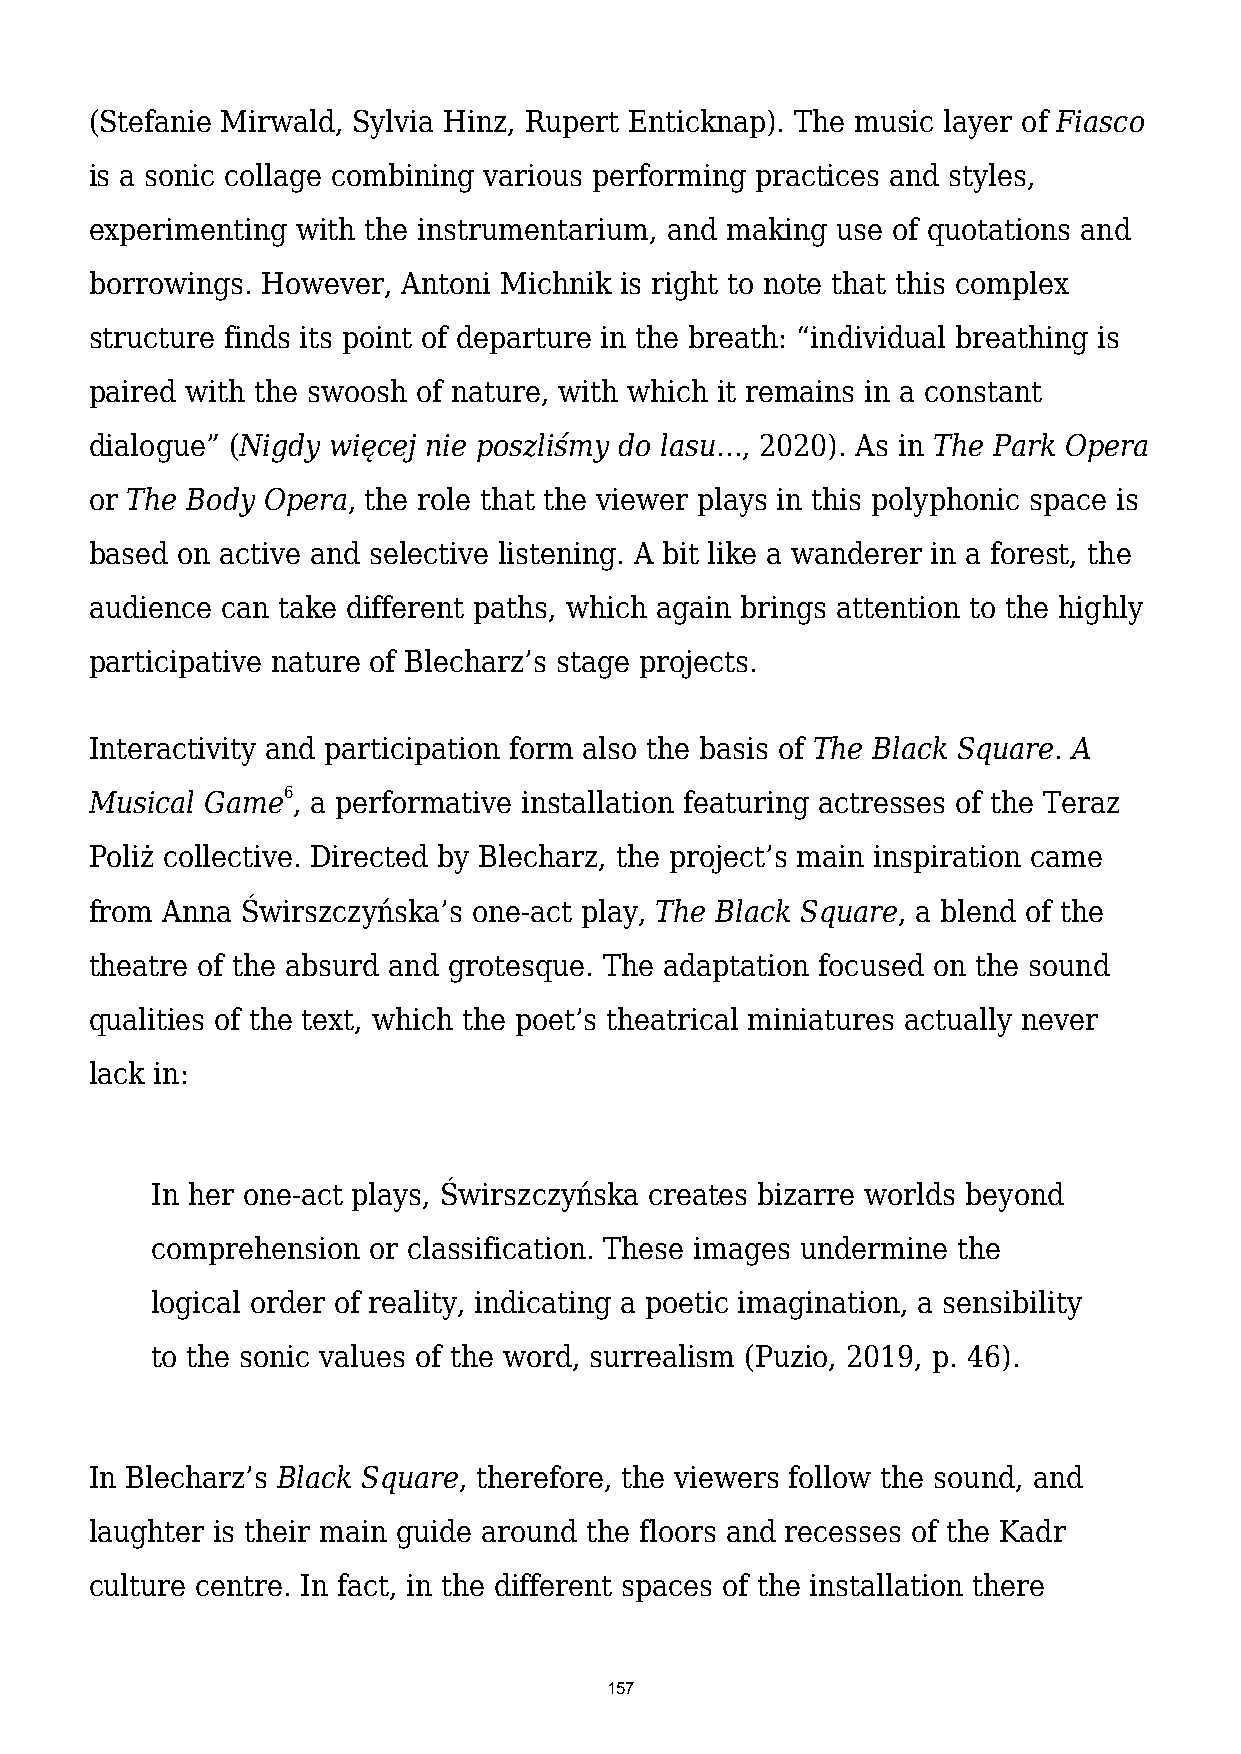
(Stefanie Mirwald, Sylvia Hinz, Rupert Enticknap). The music layer of Fiasco
 is a sonic collage combining various performing practices and styles,
 experimenting with the instrumentarium, and making use of quotations and
 borrowings. However, Antoni Michnik is right to note that this complex
 structure finds its point of departure in the breath: “individual breathing is
 paired with the swoosh of nature, with which it remains in a constant
 dialogue” (Nigdy więcej nie poszliśmy do lasu..., 2020). As in The Park Opera
 or The Body Opera, the role that the viewer plays in this polyphonic space is
 based on active and selective listening. A bit like a wanderer in a forest, the
 audience can take different paths, which again brings attention to the highly
 participative nature of Blecharz’s stage projects.
 Interactivity and participation form also the basis of The Black Square. A
 Musical Game6, a performative installation featuring actresses of the Teraz
 Poliż collective. Directed by Blecharz, the project’s main inspiration came
 from Anna Świrszczyńska’s one-act play, The Black Square, a blend of the
 theatre of the absurd and grotesque. The adaptation focused on the sound
 qualities of the text, which the poet’s theatrical miniatures actually never
 lack in:
 In her one-act plays, Świrszczyńska creates bizarre worlds beyond
 comprehension or classification. These images undermine the
 logical order of reality, indicating a poetic imagination, a sensibility
 to the sonic values of the word, surrealism (Puzio, 2019, p. 46).
 In Blecharz’s Black Square, therefore, the viewers follow the sound, and
 laughter is their main guide around the floors and recesses of the Kadr
 culture centre. In fact, in the different spaces of the installation there
 157